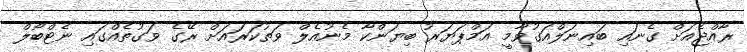
ރާއްޖެއަށް ގެނައި ބައިނަލްއަގުވާމީ އަމްޕަޔަރު ބިޔަންކާ މެނުއެލް ވަތުކަރައަށް ރޭގެ ވަގުތެއްގައި ނެޓްބޯލް